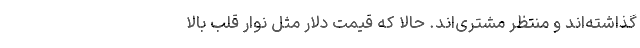
گذاشته‌اند و منتظر مشتری‌اند. حالا که قیمت دلار مثل نوار قلب بالا